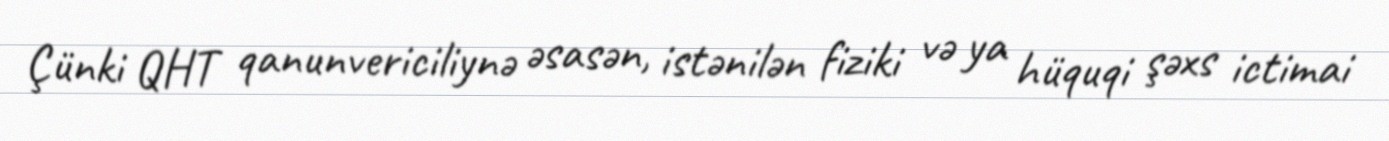
Çünki QHT qanunvericiliynə əsasən, istənilən fiziki və ya hüquqi şəxs ictimai